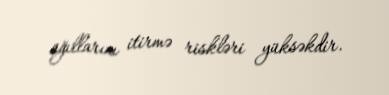
ağıllarını itirmə riskləri yüksəkdir.